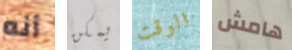
أنه يمكن الوقت هامش